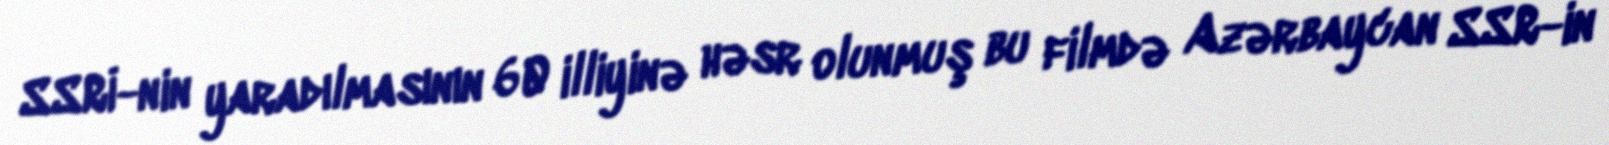
SSRİ-nin yaradılmasının 60 illiyinə həsr olunmuş bu filmdə Azərbaycan SSR-in